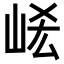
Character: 𡶱